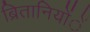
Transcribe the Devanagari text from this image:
ब्रितानियोंें